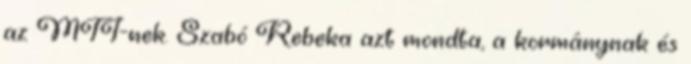
az MTI-nek. Szabó Rebeka azt mondta, a kormánynak és